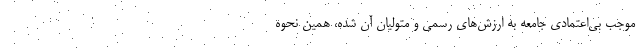
موجب بی‌اعتمادی جامعه به ارزش‌های رسمی و متولیان آن شده، همین نحوه